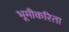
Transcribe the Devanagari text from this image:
भूमीकरिता